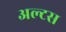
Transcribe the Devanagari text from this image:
अल्टस